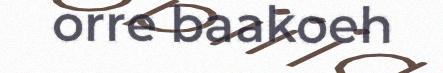
orre baakoeh